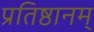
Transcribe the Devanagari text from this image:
प्रतिष्ठानम्